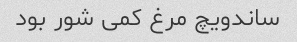
ساندویچ مرغ کمی شور بود